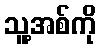
သူ့အစ်ကို